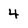
Character: 4